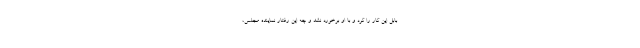
بابل این کار را کرد و با او برخورد نشد و چه این رفتار نماینده مجلس،